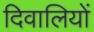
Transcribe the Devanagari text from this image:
दिवालियों